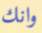
وانك